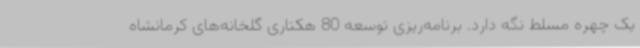
یک چهره مسلط نگه دارد. برنامه‌ریزی توسعه 80 هکتاری گلخانه‌های کرمانشاه